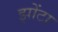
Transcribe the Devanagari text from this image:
झोंटा